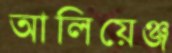
আলিয়েঞ্জ